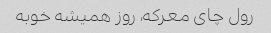
رول چای معرکه، روز همیشه خوبه